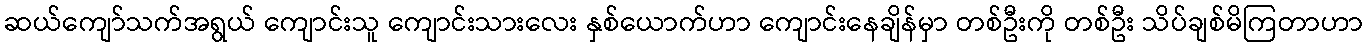
ဆယ်ကျော်သက်အရွယ် ကျောင်းသူ ကျောင်းသားလေး နှစ်ယောက်ဟာ ကျောင်းနေချိန်မှာ တစ်ဦးကို တစ်ဦး သိပ်ချစ်မိကြတာဟာ